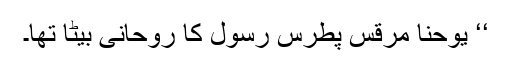
‘‘ یوحنا مرقس پطرس رسول کا روحانی بیٹا تھا۔